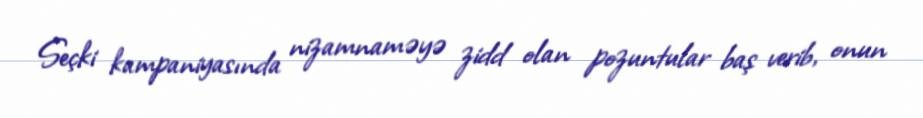
Seçki kampaniyasında nizamnaməyə zidd olan pozuntular baş verib, onun